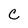
Character: c